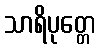
သာရိပုတ္တေ